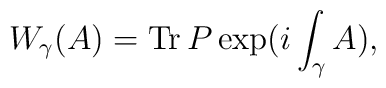
W_\gamma(A) = {\rm Tr} \, P \exp( i\int_\gamma A),